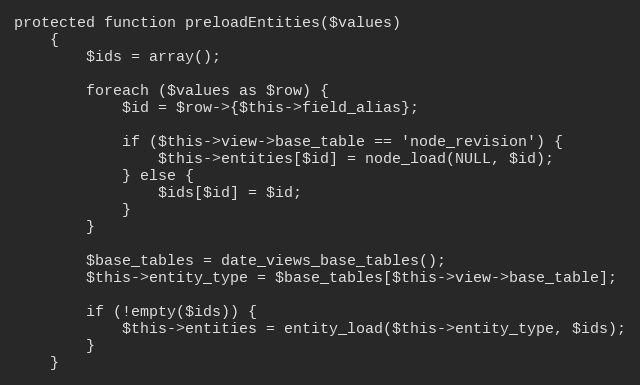
Language: PHP
protected function preloadEntities($values)
    {
        $ids = array();

        foreach ($values as $row) {
            $id = $row->{$this->field_alias};

            if ($this->view->base_table == 'node_revision') {
                $this->entities[$id] = node_load(NULL, $id);
            } else {
                $ids[$id] = $id;
            }
        }

        $base_tables = date_views_base_tables();
        $this->entity_type = $base_tables[$this->view->base_table];

        if (!empty($ids)) {
            $this->entities = entity_load($this->entity_type, $ids);
        }
    }